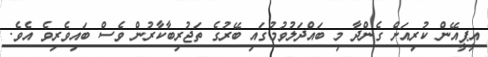
އީޕީއޭން ކުރިއަށް ގެންދާ މި ބައްދަލުވުމުގައި ބޭރުގެ ތަޖުރިބާކާރުން ވެސް ބައިވެރިވެ އެވެ.